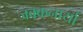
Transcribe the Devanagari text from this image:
जक्कनार्या